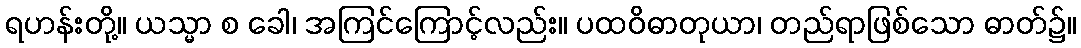
ရဟန်းတို့။ ယသ္မာ စ ခေါ၊ အကြင်ကြောင့်လည်း။ ပထဝိဓာတုယာ၊ တည်ရာဖြစ်သော ဓာတ်၌။